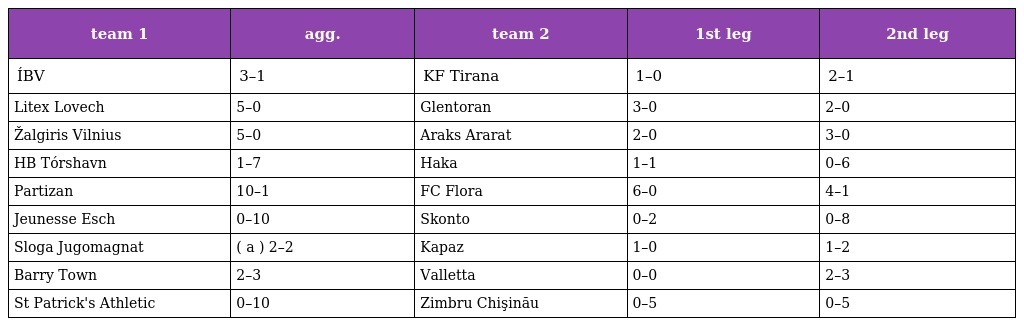
| team 1 | agg. | team 2 | 1st leg | 2nd leg |
 | --- | --- | --- | --- | --- |
 | ÍBV | 3–1 | KF Tirana | 1–0 | 2–1 |
 | Litex Lovech | 5–0 | Glentoran | 3–0 | 2–0 |
 | Žalgiris Vilnius | 5–0 | Araks Ararat | 2–0 | 3–0 |
 | HB Tórshavn | 1–7 | Haka | 1–1 | 0–6 |
 | Partizan | 10–1 | FC Flora | 6–0 | 4–1 |
 | Jeunesse Esch | 0–10 | Skonto | 0–2 | 0–8 |
 | Sloga Jugomagnat | ( a ) 2–2 | Kapaz | 1–0 | 1–2 |
 | Barry Town | 2–3 | Valletta | 0–0 | 2–3 |
 | St Patrick's Athletic | 0–10 | Zimbru Chişinău | 0–5 | 0–5 |